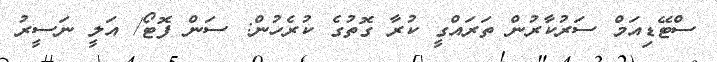
ސްޓޭޑިއަމް ސަރުކާރުން ތަރައްގީ ކުރާ ގޮތުގެ ކުރެހުން: ސަން ފޮޓޯ/ އަލީ ނަސީރު